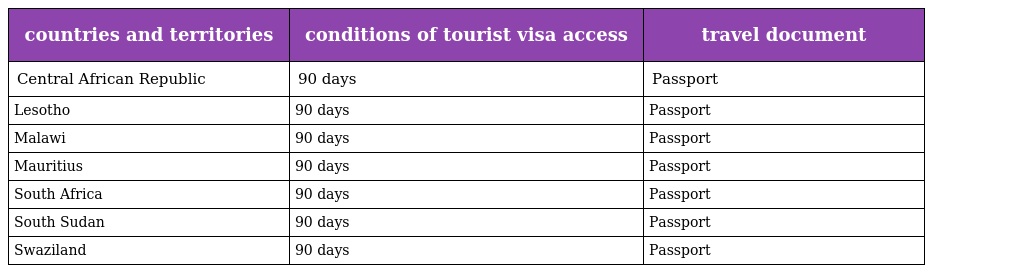
| countries and territories | conditions of tourist visa access | travel document |
 | --- | --- | --- |
 | Central African Republic | 90 days | Passport |
 | Lesotho | 90 days | Passport |
 | Malawi | 90 days | Passport |
 | Mauritius | 90 days | Passport |
 | South Africa | 90 days | Passport |
 | South Sudan | 90 days | Passport |
 | Swaziland | 90 days | Passport |